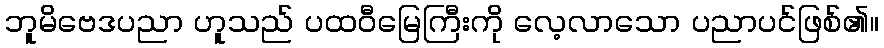
ဘူမိဗေဒပညာ ဟူသည် ပထဝီမြေကြီးကို လေ့လာသော ပညာပင်ဖြစ်၏။